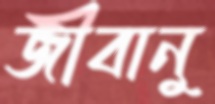
জীবানু